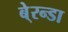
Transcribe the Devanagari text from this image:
बे्रन्डा